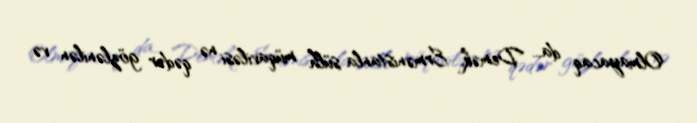
Olmayacaq da... Demək, Ermənistanla sülh müqaviləsi nə qədər gözlənilən və